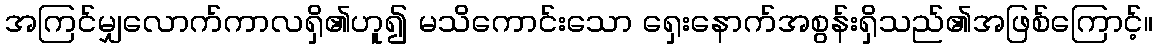
အကြင်မျှလောက်ကာလရှိ၏ဟူ၍ မသိကောင်းသော ရှေးနောက်အစွန်းရှိသည်၏အဖြစ်ကြောင့်။